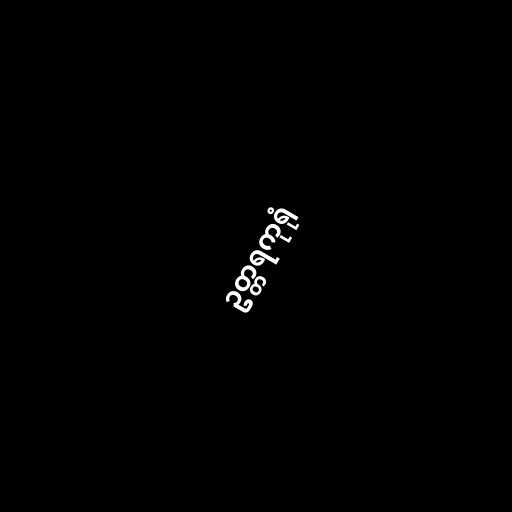
ဥတ္တရကုရုံ